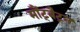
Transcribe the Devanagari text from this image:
मौंट्बैट्न